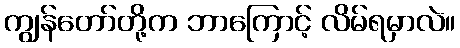
ကျွန်တော်တို့က ဘာကြောင့် လိမ်ရမှာလဲ။